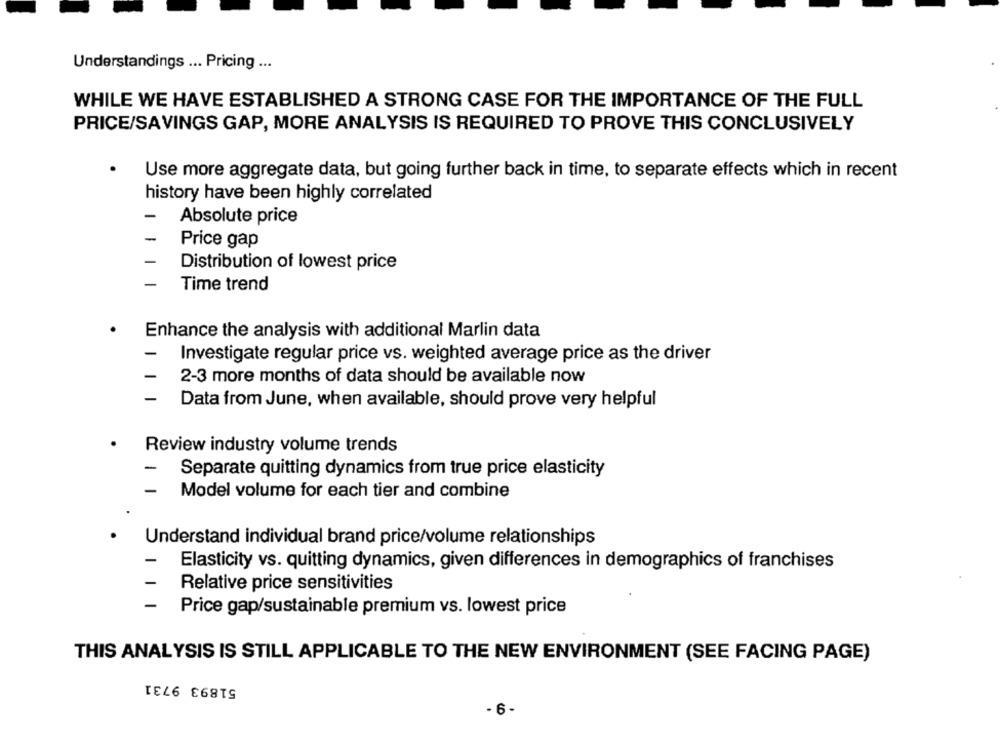
Understandings ... Pricing ...
WHILE WE HAVE ESTABLISHED A STRONG CASE FOR THE IMPORTANCE OF THE FULL
PRICE/SAVINGS GAP, MORE ANALYSIS IS REQUIRED TO PROVE THIS CONCLUSIVELY
Use more aggregate data, but going further back in time, to separate effects which in recent
history have been highly correlated
-
Absolute price
-
Price gap
Distribution of lowest price
Time trend
Enhance the analysis with additional Marlin data
Investigate regular price vs. weighted average price as the driver
2-3 more months of data should be available now
Data from June, when available, should prove very helpful
Review industry volume trends
-
Separate quitting dynamics from true price elasticity
Model volume for each tier and combine
Understand individual brand price/volume relationships
Elasticity vs. quitting dynamics, given differences in demographics of franchises
Relative price sensitivities
Price gap/sustainable premium vs. lowest price
THIS ANALYSIS IS STILL APPLICABLE TO THE NEW ENVIRONMENT (SEE FACING PAGE)
51893 9731
- 6-